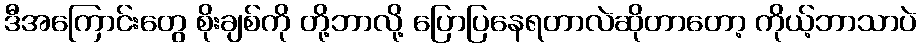
ဒီအကြောင်းတွေ စိုးချစ်ကို တို့ဘာလို့ ပြောပြနေရတာလဲဆိုတာတော့ ကိုယ့်ဘာသာပဲ